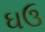
ઘઉ